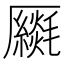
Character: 𠫈